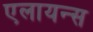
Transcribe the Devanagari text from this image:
एलायन्स